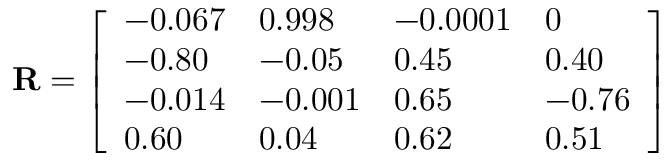
{ \bf R } = \left[ \begin{array} { l l l l } { { - 0 . 0 6 7 } } & { { 0 . 9 9 8 } } & { { - 0 . 0 0 0 1 } } & { { 0 } } \\ { { - 0 . 8 0 } } & { { - 0 . 0 5 } } & { { 0 . 4 5 } } & { { 0 . 4 0 } } \\ { { - 0 . 0 1 4 } } & { { - 0 . 0 0 1 } } & { { 0 . 6 5 } } & { { - 0 . 7 6 } } \\ { { 0 . 6 0 } } & { { 0 . 0 4 } } & { { 0 . 6 2 } } & { { 0 . 5 1 } } \end{array} \right]